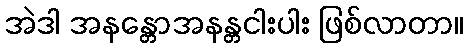
အဲဒါ အနန္တောအနန္တငါးပါး ဖြစ်လာတာ။